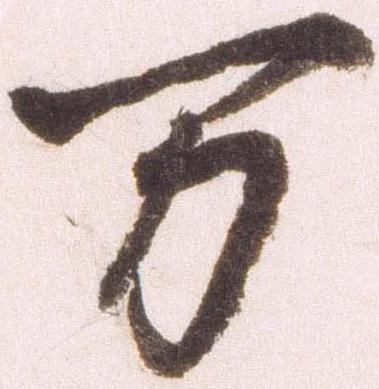
万